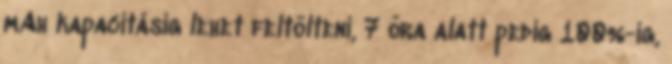
mAh kapacitásig lehet feltölteni, 7 óra alatt pedig 100%-ig,